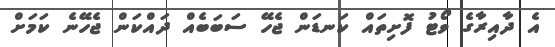
އެ ދާއިރާގެ ވޯޓު ފޮށިތައް ކަނޑަން ޖެހޭ ސަބަބެއް ދައްކަން ޖެހޭނެ ކަމަށް